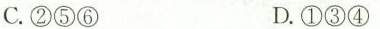
C.②⑤⑥ D.①③④